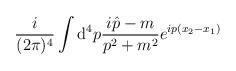
LaTeX: \begin{align*}\frac{i}{(2\pi)^4}\int {\mathrm d}^4 p \frac{i \hat{p}-m}{p^2+m^2}e^{i p(x_2-x_1)}\end{align*}